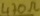
Text: 470Ω